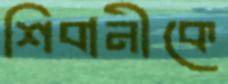
শিবানীকে